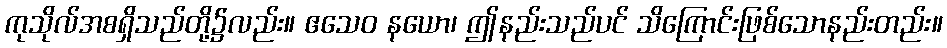
ကုသိုလ်အစရှိသည်တို့၌လည်း။ ဧသေဝ နယော၊ ဤနည်းသည်ပင် သိကြောင်းဖြစ်သောနည်းတည်း။